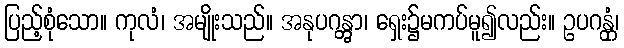
ပြည့်စုံသော။ ကုလံ၊ အမျိုးသည်။ အနုပဂန္တွာ၊ ရှေး၌မကပ်မူ၍လည်း။ ဥပဂန္တုံ၊